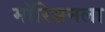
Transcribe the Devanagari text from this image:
मॉरिसनला